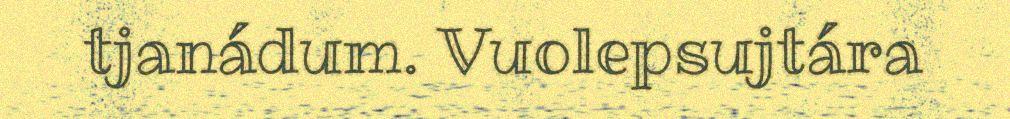
tjanádum. Vuolepsujtára